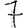
Digit: 7